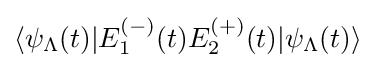
\langle \psi _{\Lambda }(t)|E_{1}^{(-)}(t)E_{2}^{(+)}(t)|\psi _{\Lambda }(t)\rangle